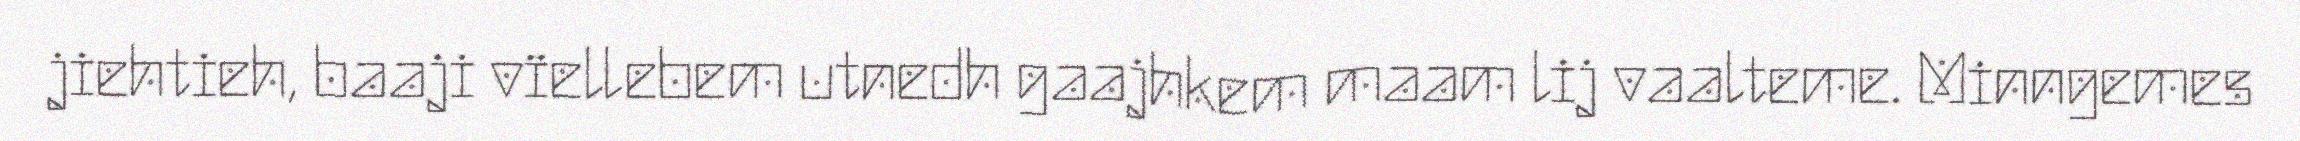
jiehtieh, baaji vïellebem utnedh gaajhkem maam lij vaalteme. Minngemes